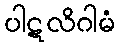
ပါဋလိဂါမံ